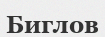
Биглов